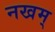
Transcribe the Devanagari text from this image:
नखम्